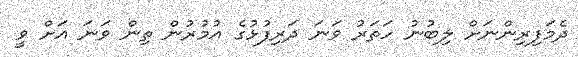
ދެމަފިރިންނަށް ލިބުނު ހަތަރު ވަނަ ދަރިފުޅުގެ އުމުރުން ތިން ވަނަ އަށް ވީ